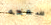
سمعه